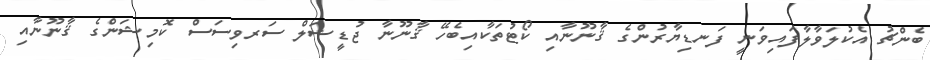
ބެންޗު އެކުލަވާލާފައިވަނީ ފަނޑިޔާރުންގެ ޤާނޫނާއި ކޯޓުތަކާއިބެހޭ ޤާނޫނާ ޖުޑީޝަލް ސަރވިސަސް ކޮމިޝަންގެ ޤާނޫނާއި